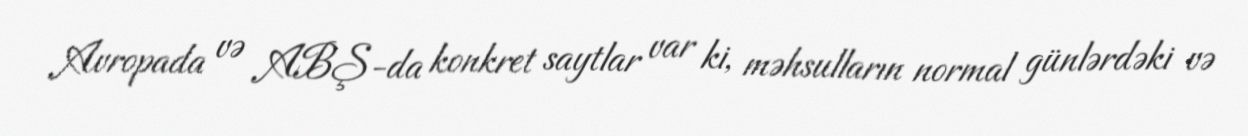
Avropada və ABŞ-da konkret saytlar var ki, məhsulların normal günlərdəki və